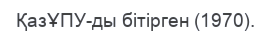
ҚазҰПУ-ды бітірген (1970).